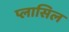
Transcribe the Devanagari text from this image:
प्लासिल